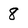
Character: 8